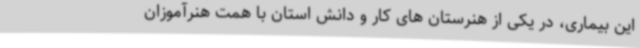
این بیماری، در یکی از هنرستان های کار و دانش استان با همت هنرآموزان